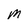
Character: M